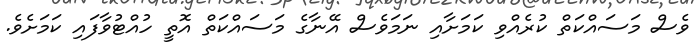
ވެސް މަސައްކަތް ކުރެއްވި ކަމަށާއި ނަމަވެސް އޭނާގެ މަސައްކަތް އޮތީ ހުއްޓުވާފައި ކަމަށެވެ.